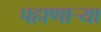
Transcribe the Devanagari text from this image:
पहाणार्‍या